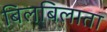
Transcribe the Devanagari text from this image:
बिलबिलाता